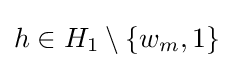
h\in H_{1}\setminus \{w_{m},1\}